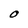
Character: O